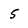
Character: 5